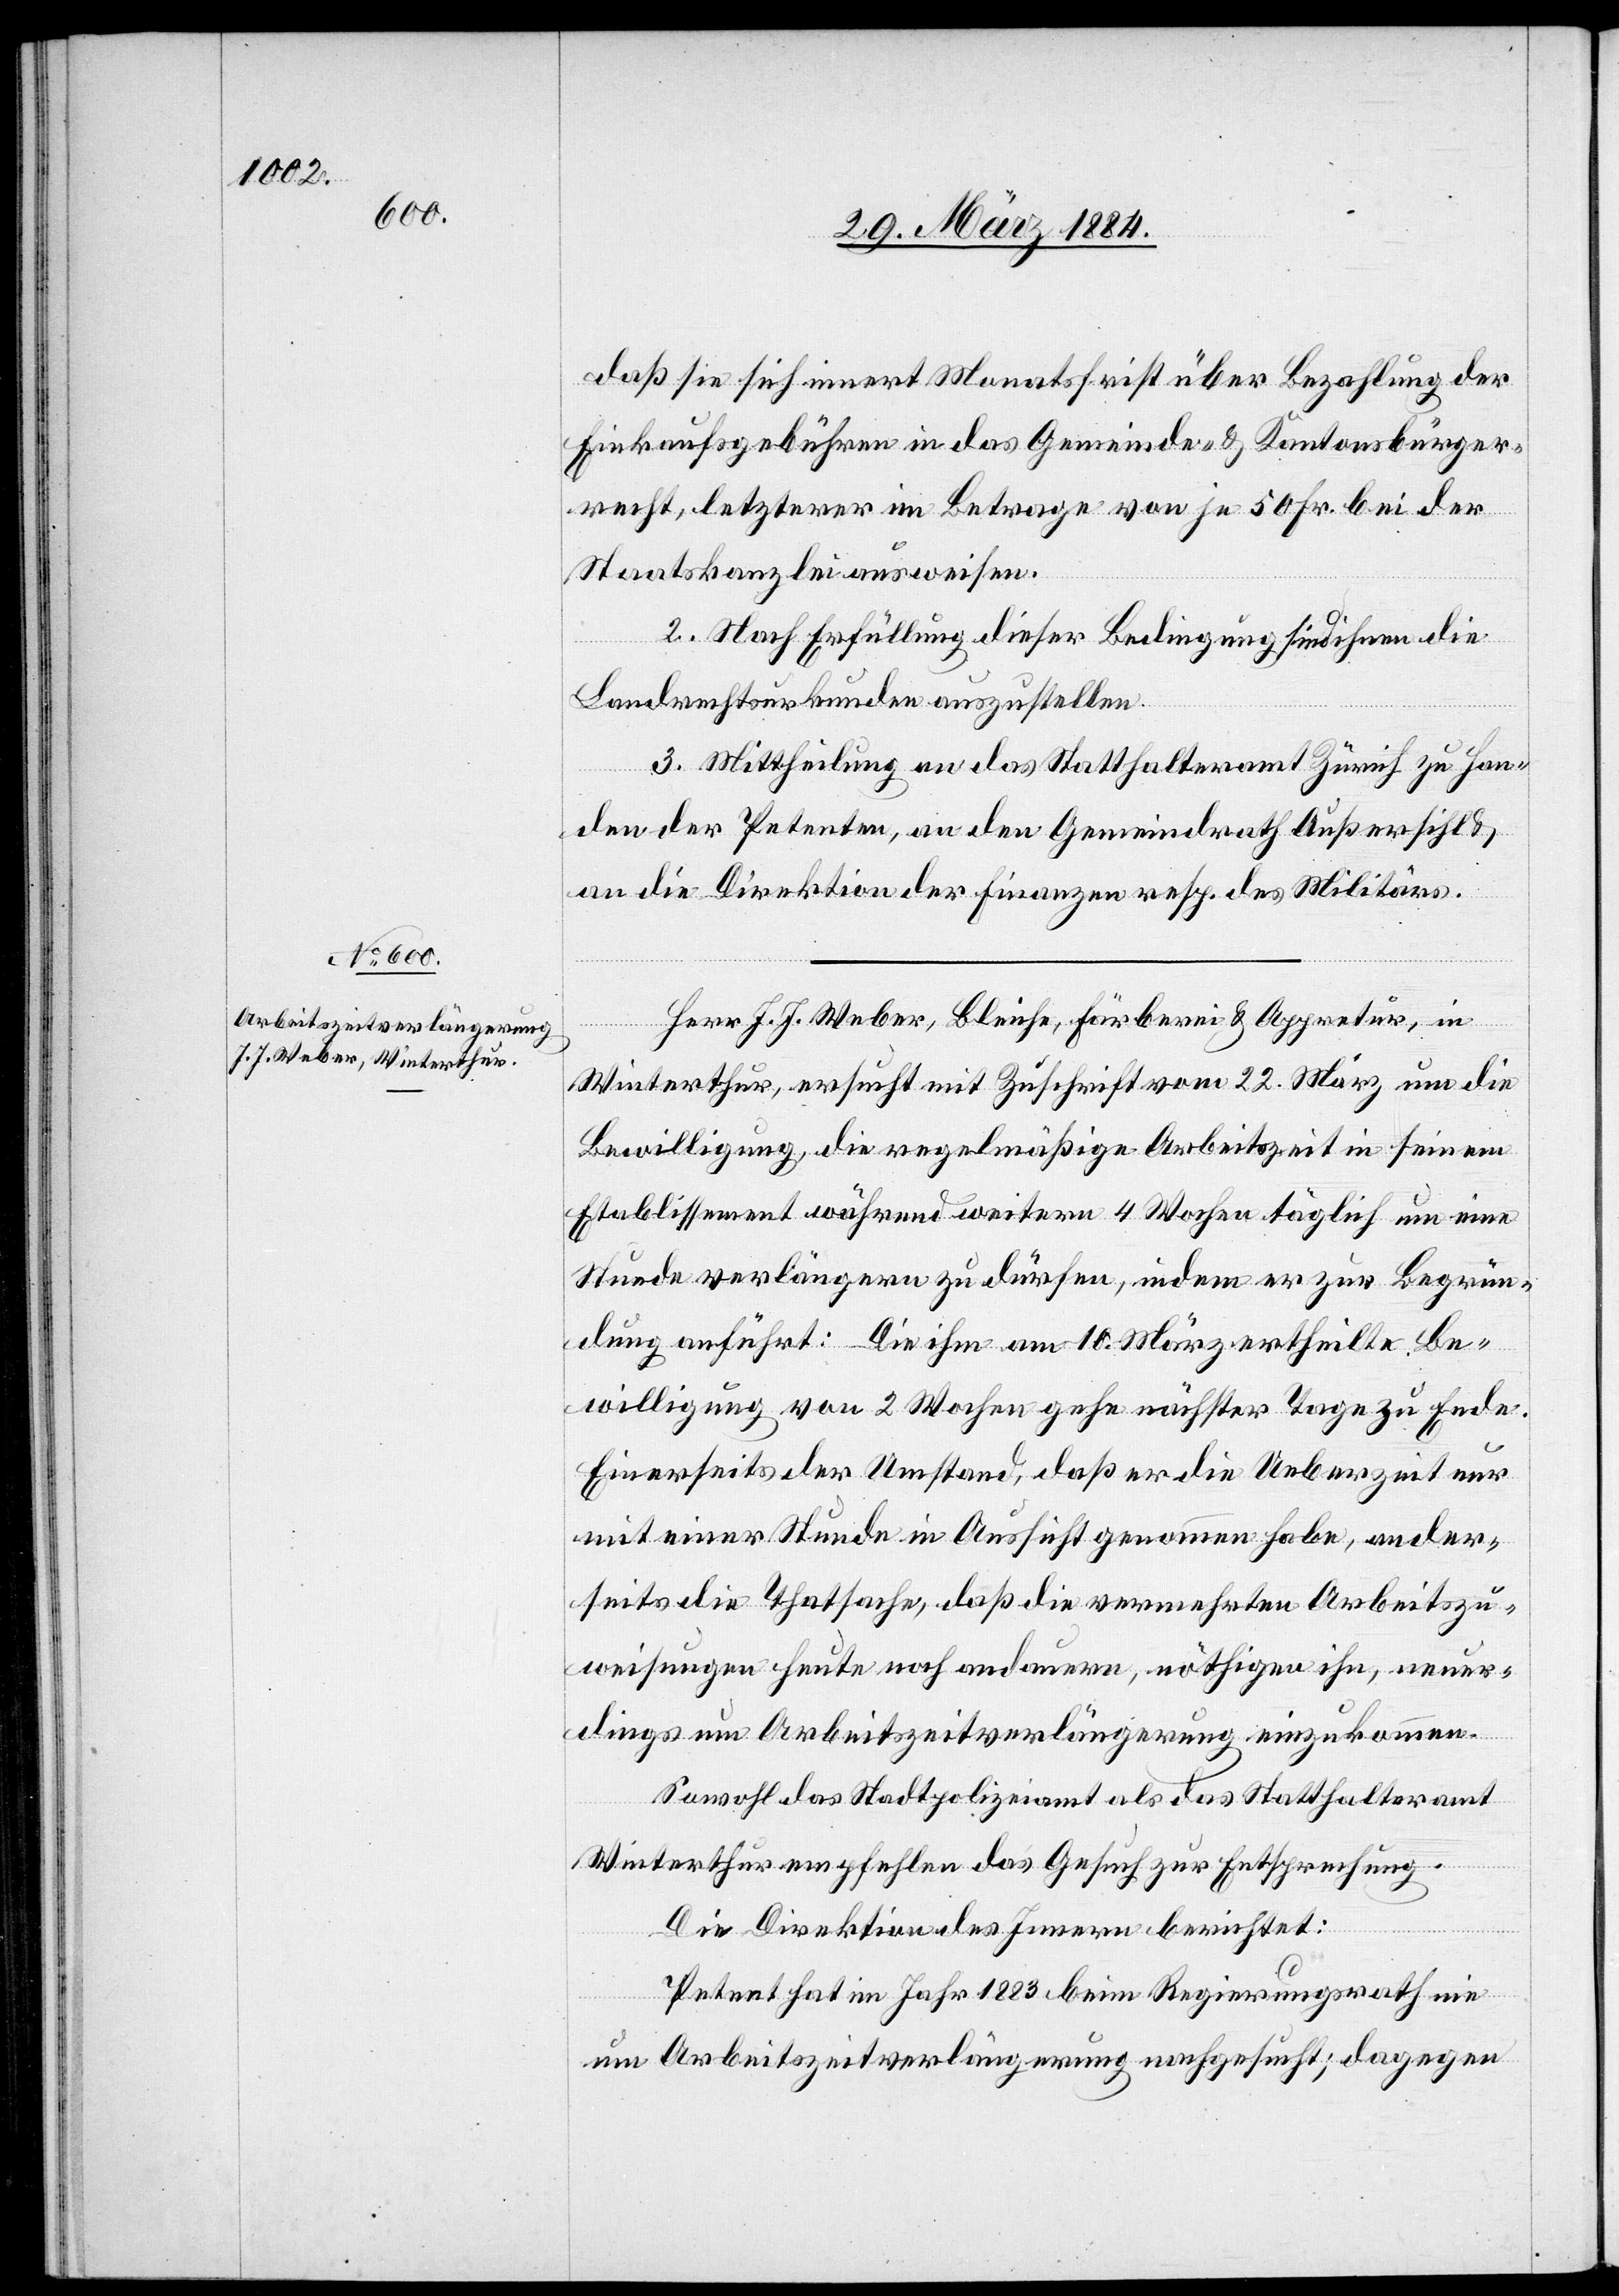
daß sie sich innert Monatsfrist über Bezahlung der
Einkaufsgebühren in das Gemeinde- & Kantonsbürger¬
recht, letzterer im Betrage von je 50 Fr. bei der
Staatskanzlei ausweisen.
2. Nach Erfüllung dieser Bedingung sind ihnen die
Landrechtsurkunden auszustellen.
3. Mittheilung an das Statthalteramt Zürich zu Han¬
den der Petenten, an den Gemeindrath Außersihl &
an die Direktionen der Finanzen resp. des Militärs.
Herr J. J. Weber, Bleiche, Färbereit & Appretur, in
Winterthur, ersucht mit Zuschrift vom 22. März um die
Bewilligung, die regelmäßige Arbeitszeit in seinem
Etablissement während weitern 4 Wochen täglich um eine
Stunde verlängern zu dürfen, indem er zur Begrün¬
dung anführt: Die ihm am 10. März ertheilte Be¬
willigung von 2 Wochen gehe nächster Tage zu Ende.
Einerseits der Umstand, daß er die Ueberzeit nur
mit einer Stunde in Aussicht genommen habe, ander¬
seits die Thatsache, daß die vermehrte Arbeitszu¬
weisung heute noch andauere, nöthigen ihn, neuer¬
dings um Arbeitszeitverlängerung einzukommen.
Sowohl das Stadtpolizeiamt als das Statthalteramt
Winterthur empfehlen das Gesuch zur Entsprechung.
Die Direktion des Innern berichtet:
Petent hat im Jahr 1883 beim Regierungsrath nie
um Arbeitszeitverlängerung nachgesucht, dagegen